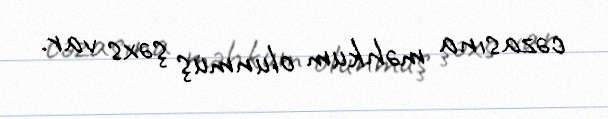
cəzasına məhkum olunmuş şəxs var.